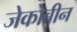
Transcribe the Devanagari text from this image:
जेकोबीन